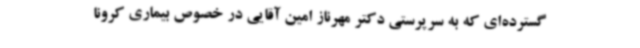
گسترده‌ای که به سرپرستی دکتر مهرناز امین آقایی در خصوص بیماری کرونا